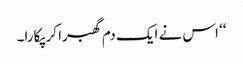
‘‘ اس نے ایک دم گھبرا کر پکارا۔